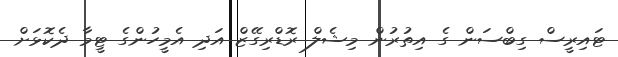
ޓައިރީސް ގިބްސަން ގެ އިތުރުން މިޝެލް ރޮޑްރިގޭޒް އަދި އެމީހުންގެ ޓީމާ ދެކޮޅަށް